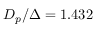
D _ { p } / \Delta = 1 . 4 3 2